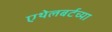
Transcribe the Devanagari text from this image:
एथेलबर्टच्या